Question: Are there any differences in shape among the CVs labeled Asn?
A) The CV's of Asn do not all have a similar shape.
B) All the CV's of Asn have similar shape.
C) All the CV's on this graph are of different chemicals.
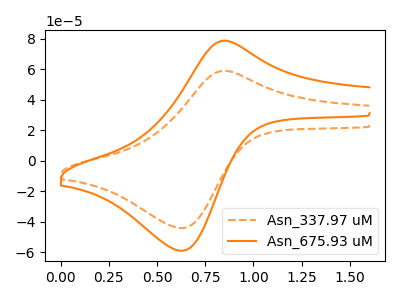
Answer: <think>The orange dashed curve "Asn_337.97 uM" has an anodic peak at (0.85V, 58.85uA) and a cathodic peak at (0.65V, -44.20uA). The orange curve "Asn_675.93 uM" has an anodic peak at (0.85V, 78.55uA) and a cathodic peak at (0.65V, -59.00uA).
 All the peaks in "Asn_337.97 uM" have a peak in "Asn_675.93 uM" at the same potential. Every peak in "Asn_337.97 uM" is lower than every peak in "Asn_675.93 uM".</think>
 <answer>B) All the CV's of "Asn" have similar shape.</answer>
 <eval>B</eval>